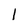
Character: l